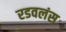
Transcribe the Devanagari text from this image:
रडवलंस